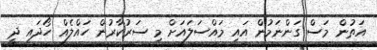
އަތުން މަސް ގަންނަމުން އައި މައްސަލައަށް މި ސަރުކާރުން ހައްލެއް ހޯދައި ދީ